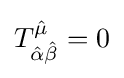
T_{{\hat {\alpha }}{\hat {\beta }}}^{\hat {\mu }}=0